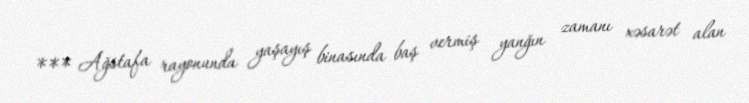
*** Ağstafa rayonunda yaşayış binasında baş vermiş yanğın zamanı xəsarət alan